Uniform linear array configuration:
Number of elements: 16
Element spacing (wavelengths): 1
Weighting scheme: hann
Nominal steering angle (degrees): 45
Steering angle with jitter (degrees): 45.369
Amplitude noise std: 0.05
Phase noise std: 0.05

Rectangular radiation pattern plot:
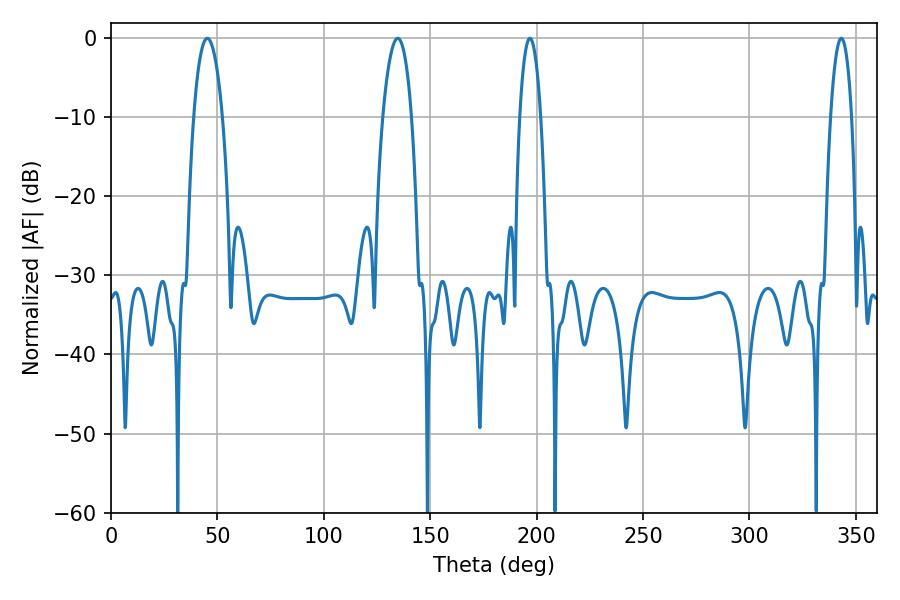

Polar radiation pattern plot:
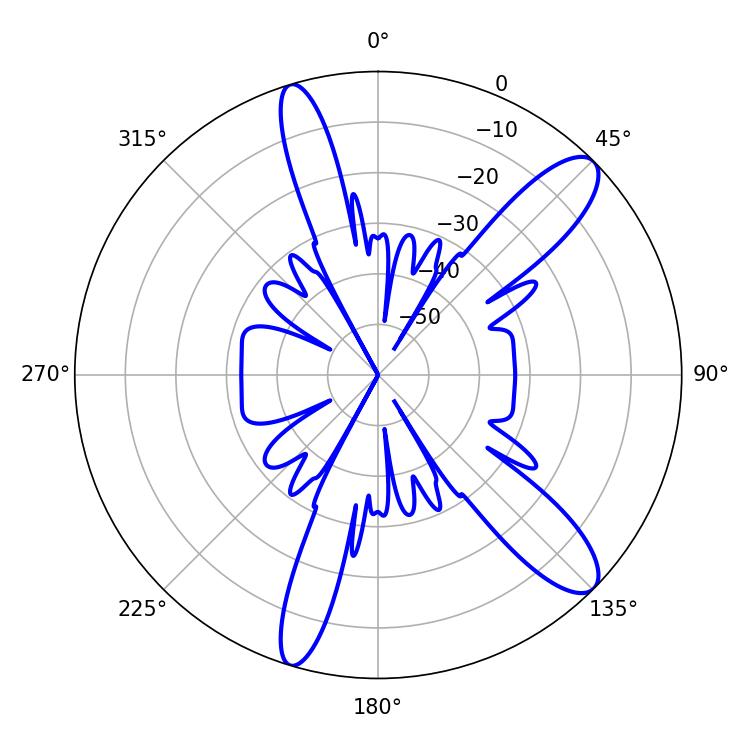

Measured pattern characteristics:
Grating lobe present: TRUE
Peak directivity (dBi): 11.534
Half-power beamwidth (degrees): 7.56
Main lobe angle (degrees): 45.18